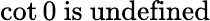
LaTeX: \cot 0{\mathrm{~is~undefined}}